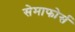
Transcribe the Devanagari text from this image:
सेमाफोर्स